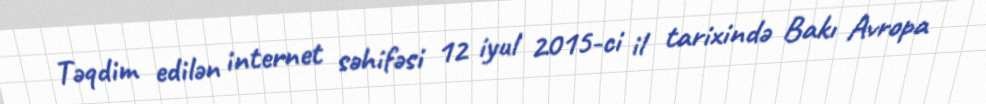
Təqdim edilən internet səhifəsi 12 iyul 2015-ci il tarixində Bakı Avropa